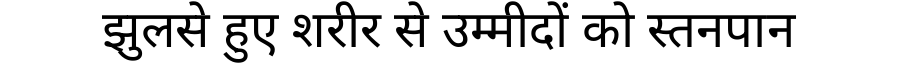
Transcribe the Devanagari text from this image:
झुलसे हुए शरीर से उम्मीदों को स्तनपान